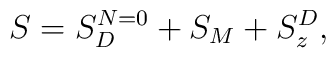
S=S_D^{N=0} + S_M +S_z^D,